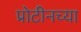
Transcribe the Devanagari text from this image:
प्रोटीनच्या